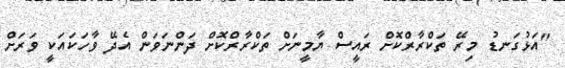
"އަޅުގަނޑު މިރޭ ތަކްރާރްކޮށް ރައީސް ޔާމީނަށް ތަކްރާރްކޮށް ދަންނަވަން އެދޭ ވާހަކައަކީ ވަރަށް